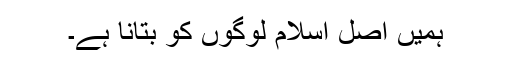
ہمیں اصل اسلام لوگوں کو بتانا ہے۔